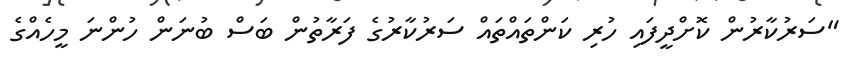
"ސަރުކާރުން ކޮށްދީފައި ހުރި ކަންތައްތައް ސަރުކާރުގެ ފަރާތުން ބަސް ބުނަން ހުންނަ މީހެއްގެ